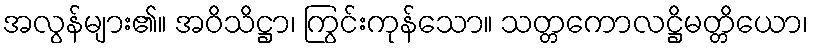
အလွန်များ၏။ အဝိသိဋ္ဌာ၊ ကြွင်းကုန်သော။ သတ္တကောလဋ္ဌိမတ္တိယော၊